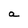
Character: a